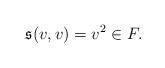
LaTeX: \begin{align*}\mathfrak{s}(v,v)=v^2\in F.\end{align*}